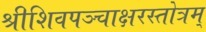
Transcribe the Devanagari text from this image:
श्रीशिवपञ्चाक्षरस्तोत्रम्